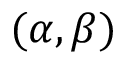
( \alpha , \beta )